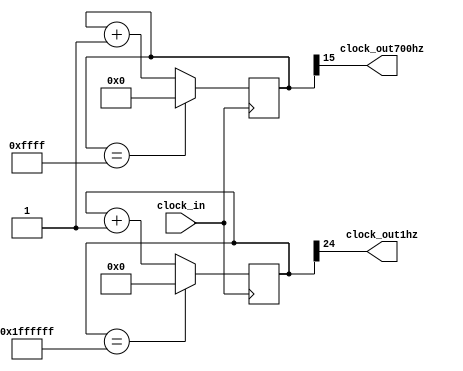
module divisor_clock(clock_in,clock_out700hz,clock_out1hz);

input clock_in; 
output clock_out700hz, clock_out1hz; 

reg[15:0] counter=16'd0;
reg[24:0] counter2=25'd0;

initial begin 
	counter = 0;
	counter2 = 0;
end

assign clock_out700hz = counter[15];
assign clock_out1hz = counter2[24];

always @(posedge clock_in) begin
	counter <= counter + 1'b1;
	if (counter == 16'b1111111111111111) begin
		counter <= 0;
	end
end

always @(posedge clock_in) begin
	counter2 <= counter2 + 1'b1;
	if (counter2 == 25'b1111111111111111111111111) begin
		counter2 <= 0;
	end
end 

endmodule